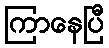
ကြာနေပြီ